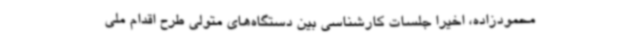
محمودزاده، اخیراً جلسات کارشناسی بین دستگاه‌های متولی طرح اقدام ملی